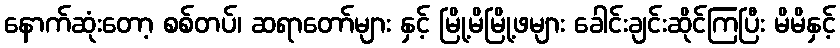
နောက်ဆုံးတော့ စစ်တပ်၊ ဆရာတော်များ နှင့် မြို့မိမြို့ဖများ ခေါင်းချင်းဆိုင်ကြပြီး မိမိနှင့်